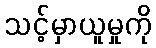
သင့်မှာယူမှုကို